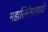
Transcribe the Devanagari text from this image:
महासिनेमामध्ये